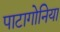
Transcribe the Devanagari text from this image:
पाटागोनिया